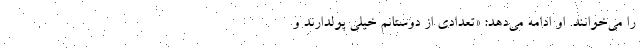
را می‌خوانند. او ادامه می‌دهد: «تعدادی از دوستانم خیلی پولدارند و